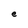
Character: e